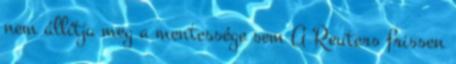
nem állítja meg a mentessége sem A Reuters frissen